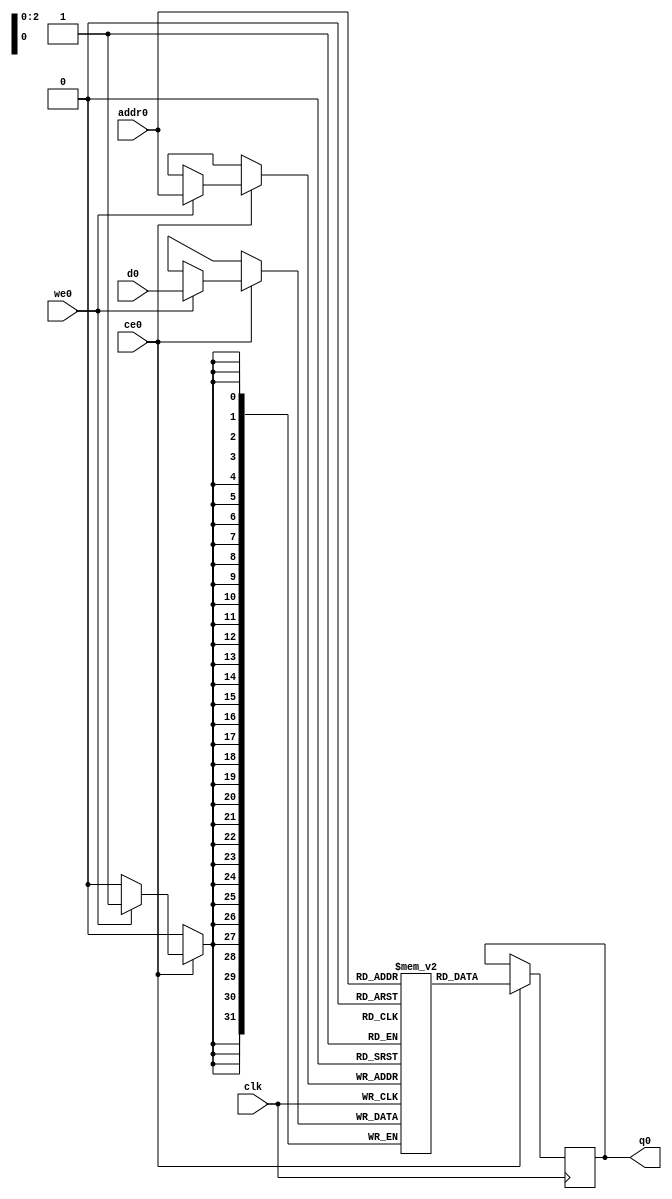
// ==============================================================
// Vivado(TM) HLS - High-Level Synthesis from C, C++ and SystemC v2019.2_AR72614 (64-bit)
// Copyright 1986-2019 Xilinx, Inc. All Rights Reserved.
// ==============================================================
`timescale 1 ns / 1 ps
module mmult_hw_local_inbkb_ram (addr0, ce0, d0, we0, q0,  clk);

parameter DWIDTH = 32;
parameter AWIDTH = 3;
parameter MEM_SIZE = 8;

input[AWIDTH-1:0] addr0;
input ce0;
input[DWIDTH-1:0] d0;
input we0;
output reg[DWIDTH-1:0] q0;
input clk;

(* ram_style = "distributed" *)reg [DWIDTH-1:0] ram[0:MEM_SIZE-1];




always @(posedge clk)  
begin 
    if (ce0) begin
        if (we0) 
            ram[addr0] <= d0; 
        q0 <= ram[addr0];
    end
end


endmodule

`timescale 1 ns / 1 ps
module mmult_hw_local_inbkb(
    reset,
    clk,
    address0,
    ce0,
    we0,
    d0,
    q0);

parameter DataWidth = 32'd32;
parameter AddressRange = 32'd8;
parameter AddressWidth = 32'd3;
input reset;
input clk;
input[AddressWidth - 1:0] address0;
input ce0;
input we0;
input[DataWidth - 1:0] d0;
output[DataWidth - 1:0] q0;



mmult_hw_local_inbkb_ram mmult_hw_local_inbkb_ram_U(
    .clk( clk ),
    .addr0( address0 ),
    .ce0( ce0 ),
    .we0( we0 ),
    .d0( d0 ),
    .q0( q0 ));

endmodule